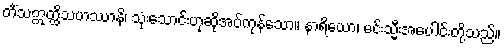
တိံသဣတ္ထိသဟဿာနိ၊ သုံးသောင်းဟုဆိုအပ်ကုန်သော။ နာရိယော၊ မင်းသ္မီးအပေါင်းတို့သည်။